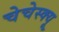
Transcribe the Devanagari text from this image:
चेचेस्क्यू